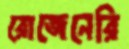
রোজেনেরি